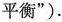
平衡”).